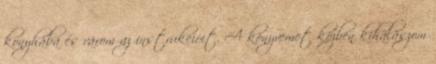
konyhába és várom az instrukcióit. A könyvemet közben kihalászom